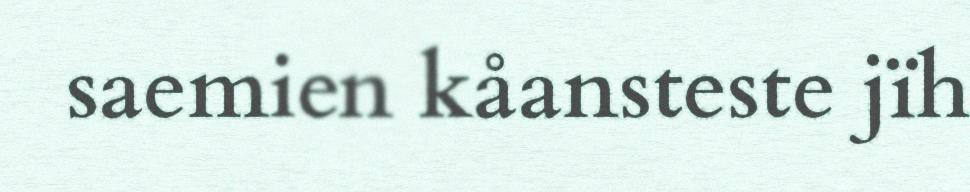
saemien kåansteste jïh